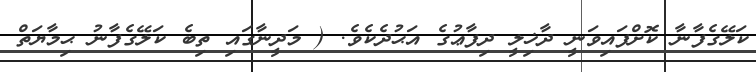
ކަލޭގެފާނާ ކޮށްފައިވަނީ ދާޚިލީ ދިފާޢުގެ އަޙުދެކެވެ. ( މަދީނާގައި ތިބެ ކަލޭގެފާނު ޙިމާޔަތް